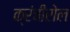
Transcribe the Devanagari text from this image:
क्रंचीरोल